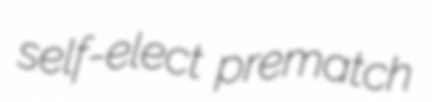
self-elect prematch